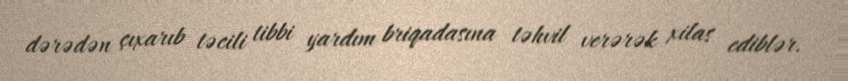
dərədən çıxarıb təcili tibbi yardım briqadasına təhvil verərək xilas ediblər.